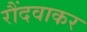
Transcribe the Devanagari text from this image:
रौंदवाकर